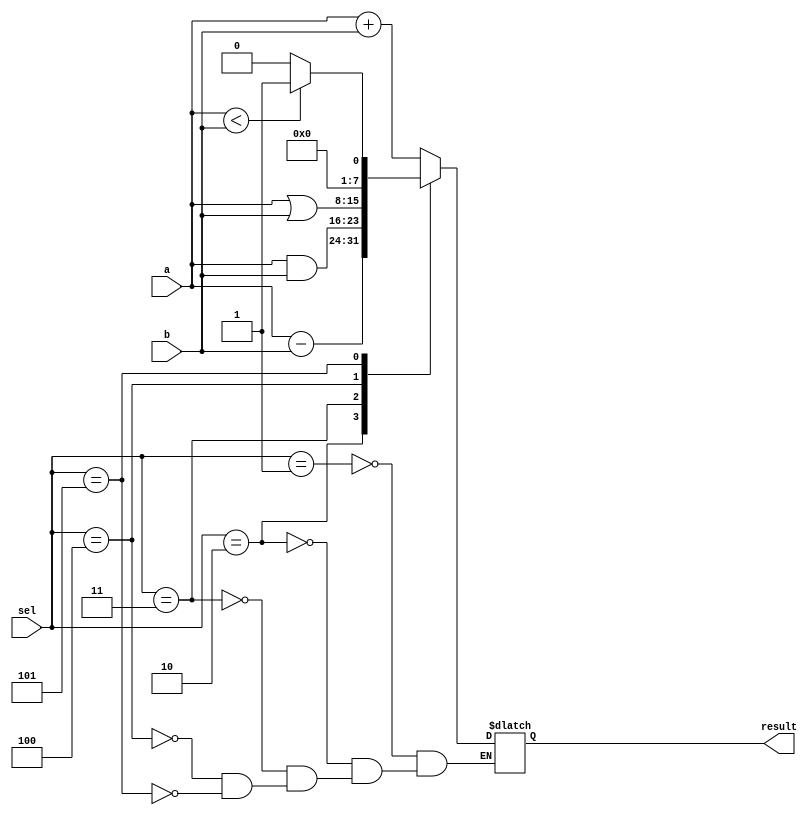
module alu8(a,b,sel,result);

    input [7:0]a;
    input [7:0]b;
    input [2:0]sel;
    output [7:0]result;
    reg [7:0]result;

    always @(a or b or sel)
    begin
	case(sel)
	    3'b001: result <= a+b;	  // sel=1: add
	    3'b010: result <= a-b;	  // sel=2: sub
	    3'b011: result <= a&b;	  // sel=3: and
	    3'b100: result <= a|b;	  // sel=4: or
	    3'b101: result <= (a<b)?1:0;  // sel=5: slt
	endcase
    end
endmodule